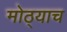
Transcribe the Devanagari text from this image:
मोठ्याच